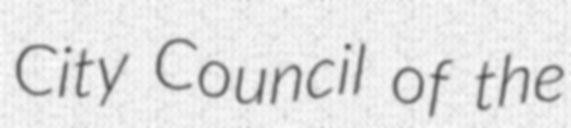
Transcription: City Council of the